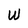
Character: W